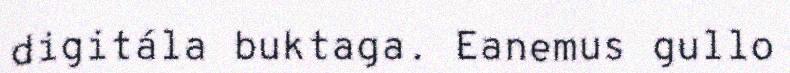
digitála buktaga. Eanemus gullo